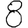
Digit: 8